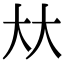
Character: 夶